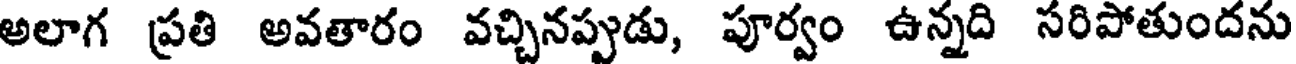
అలాగ ప్రతి అవతారం వచ్చినప్పుడు, పూర్వం ఉన్నది సరిపోతుందను